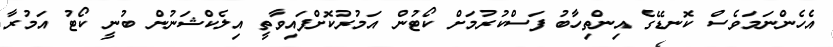
އެހެންނަމަވެސް ކޮނޑޭގެ އިންތިހާބު ފަސްކުރުމަށް ކޯޓުން އަމުރުކޮށްފައިވާތީ އިލެކްޝަނުން ބުނީ ކޯޓު އަމުރާ